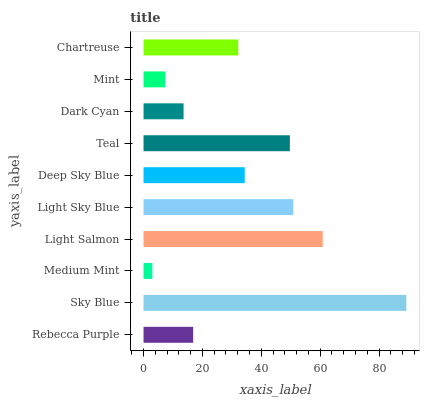
| yaxis_label | bars |
 | --- | --- |
 | Rebecca Purple | 16.9 |
 | Sky Blue | 89.3 |
 | Medium Mint | 3 |
 | Light Salmon | 60.9 |
 | Light Sky Blue | 50.9 |
 | Deep Sky Blue | 34.4 |
 | Teal | 49.7 |
 | Dark Cyan | 13.6 |
 | Mint | 7.37 |
 | Chartreuse | 32.2 |